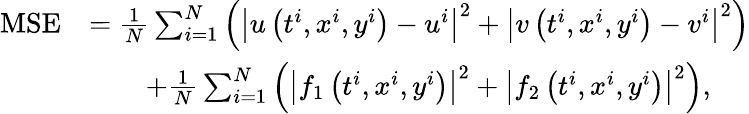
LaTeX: \begin{array}{rl}{\mathrm{MSE}}&{=\frac{1}{N}\sum_{i=1}^{N}\left(\left|u\left(t^{i},x^{i},y^{i}\right)-u^{i}\right|^{2}+\left|v\left(t^{i},x^{i},y^{i}\right)-v^{i}\right|^{2}\right)}\\ &{\qquad+\frac{1}{N}\sum_{i=1}^{N}\left(\left|f_{1}\left(t^{i},x^{i},y^{i}\right)\right|^{2}+\left|f_{2}\left(t^{i},x^{i},y^{i}\right)\right|^{2}\right),}\end{array}